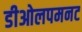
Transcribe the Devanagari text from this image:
डीओलपमनट